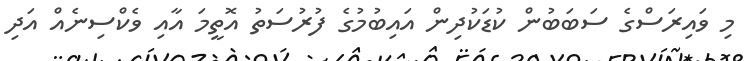
މި ވައިރަސްގެ ސަބަބުން ކުޑަކުދިން އައިބުމުގެ ފުރުސަތު އޮތީމަ އާއި ވެކްސިނެއް އަދި